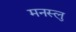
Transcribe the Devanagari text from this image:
मनस्लु